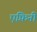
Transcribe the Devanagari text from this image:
एफ़िनी